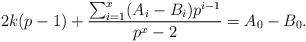
\begin{align*}2k(p-1) + \frac{\sum_{i=1}^x (A_i - B_i)p^{i-1}}{p^x-2} = A_0 - B_0.\end{align*}